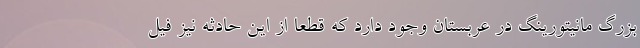
بزرگ مانیتورینگ در عربستان وجود دارد که قطعا از این حادثه نیز فیل